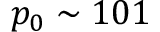
p _ { 0 } \sim 1 0 1